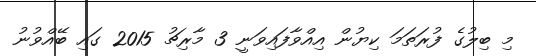
މި ބިލުގެ ފުރަތަމަ ކިޔުން އިއްވާފައިވަނީ 3 މާރިޗު 2015 ގައި ބޭއްވުނު